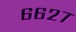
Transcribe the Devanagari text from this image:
६६२७